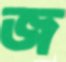
জ